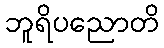
ဘူရိပညောတိ